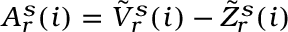
\begin{array} { r } { A _ { r } ^ { s } ( i ) = \tilde { V } _ { r } ^ { s } ( i ) - \tilde { Z } _ { r } ^ { s } ( i ) } \end{array}